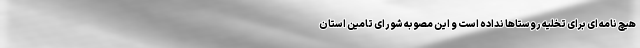
هیچ نامه ای برای تخلیه روستاها نداده است و این مصوبه شورای تامین استان